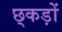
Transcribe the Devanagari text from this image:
छ्कड़ों